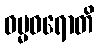
ဓမ္မဓရောတိ